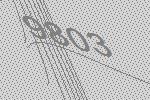
9803